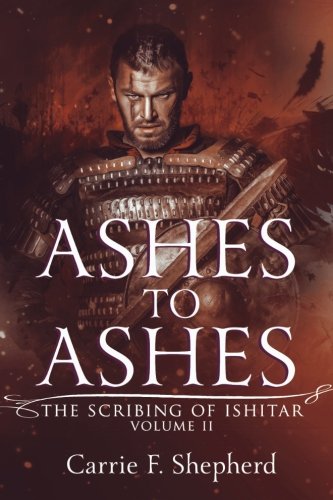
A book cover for Ashes to Ashes (The Scribing of Ishitar) (Volume 2); Carrie F. Shepherd; Romance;